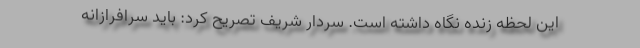
این لحظه زنده نگاه داشته است. سردار شریف تصریح کرد: باید سرافرازانه